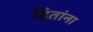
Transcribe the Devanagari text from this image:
हितांना